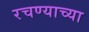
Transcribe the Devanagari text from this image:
रचण्याच्या